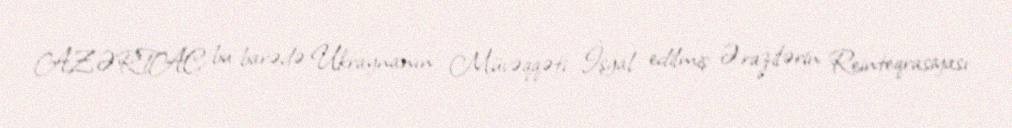
AZƏRTAC bu barədə Ukraynanın Müvəqqəti İşğal edilmiş Ərazilərin Reinteqrasiyası